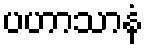
ပဟာသာနံ